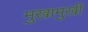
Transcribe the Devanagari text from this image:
मुखामुखी